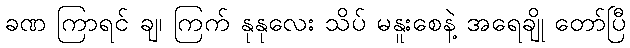
ခဏ ကြာရင် ချ၊ ကြက် နုနုလေး သိပ် မနူးစေနဲ့ အရေချို တော်ပြီ